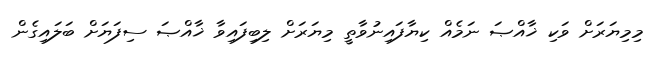
މިމިޔަރަށް ވަކި ޚާއްޞަ ނަމެއް ކިޔާފައިނުވާތީ މިޔަރަށް ލިބިފައިވާ ޚާއްޞަ ސިފަޔަށް ބަލައިގެން